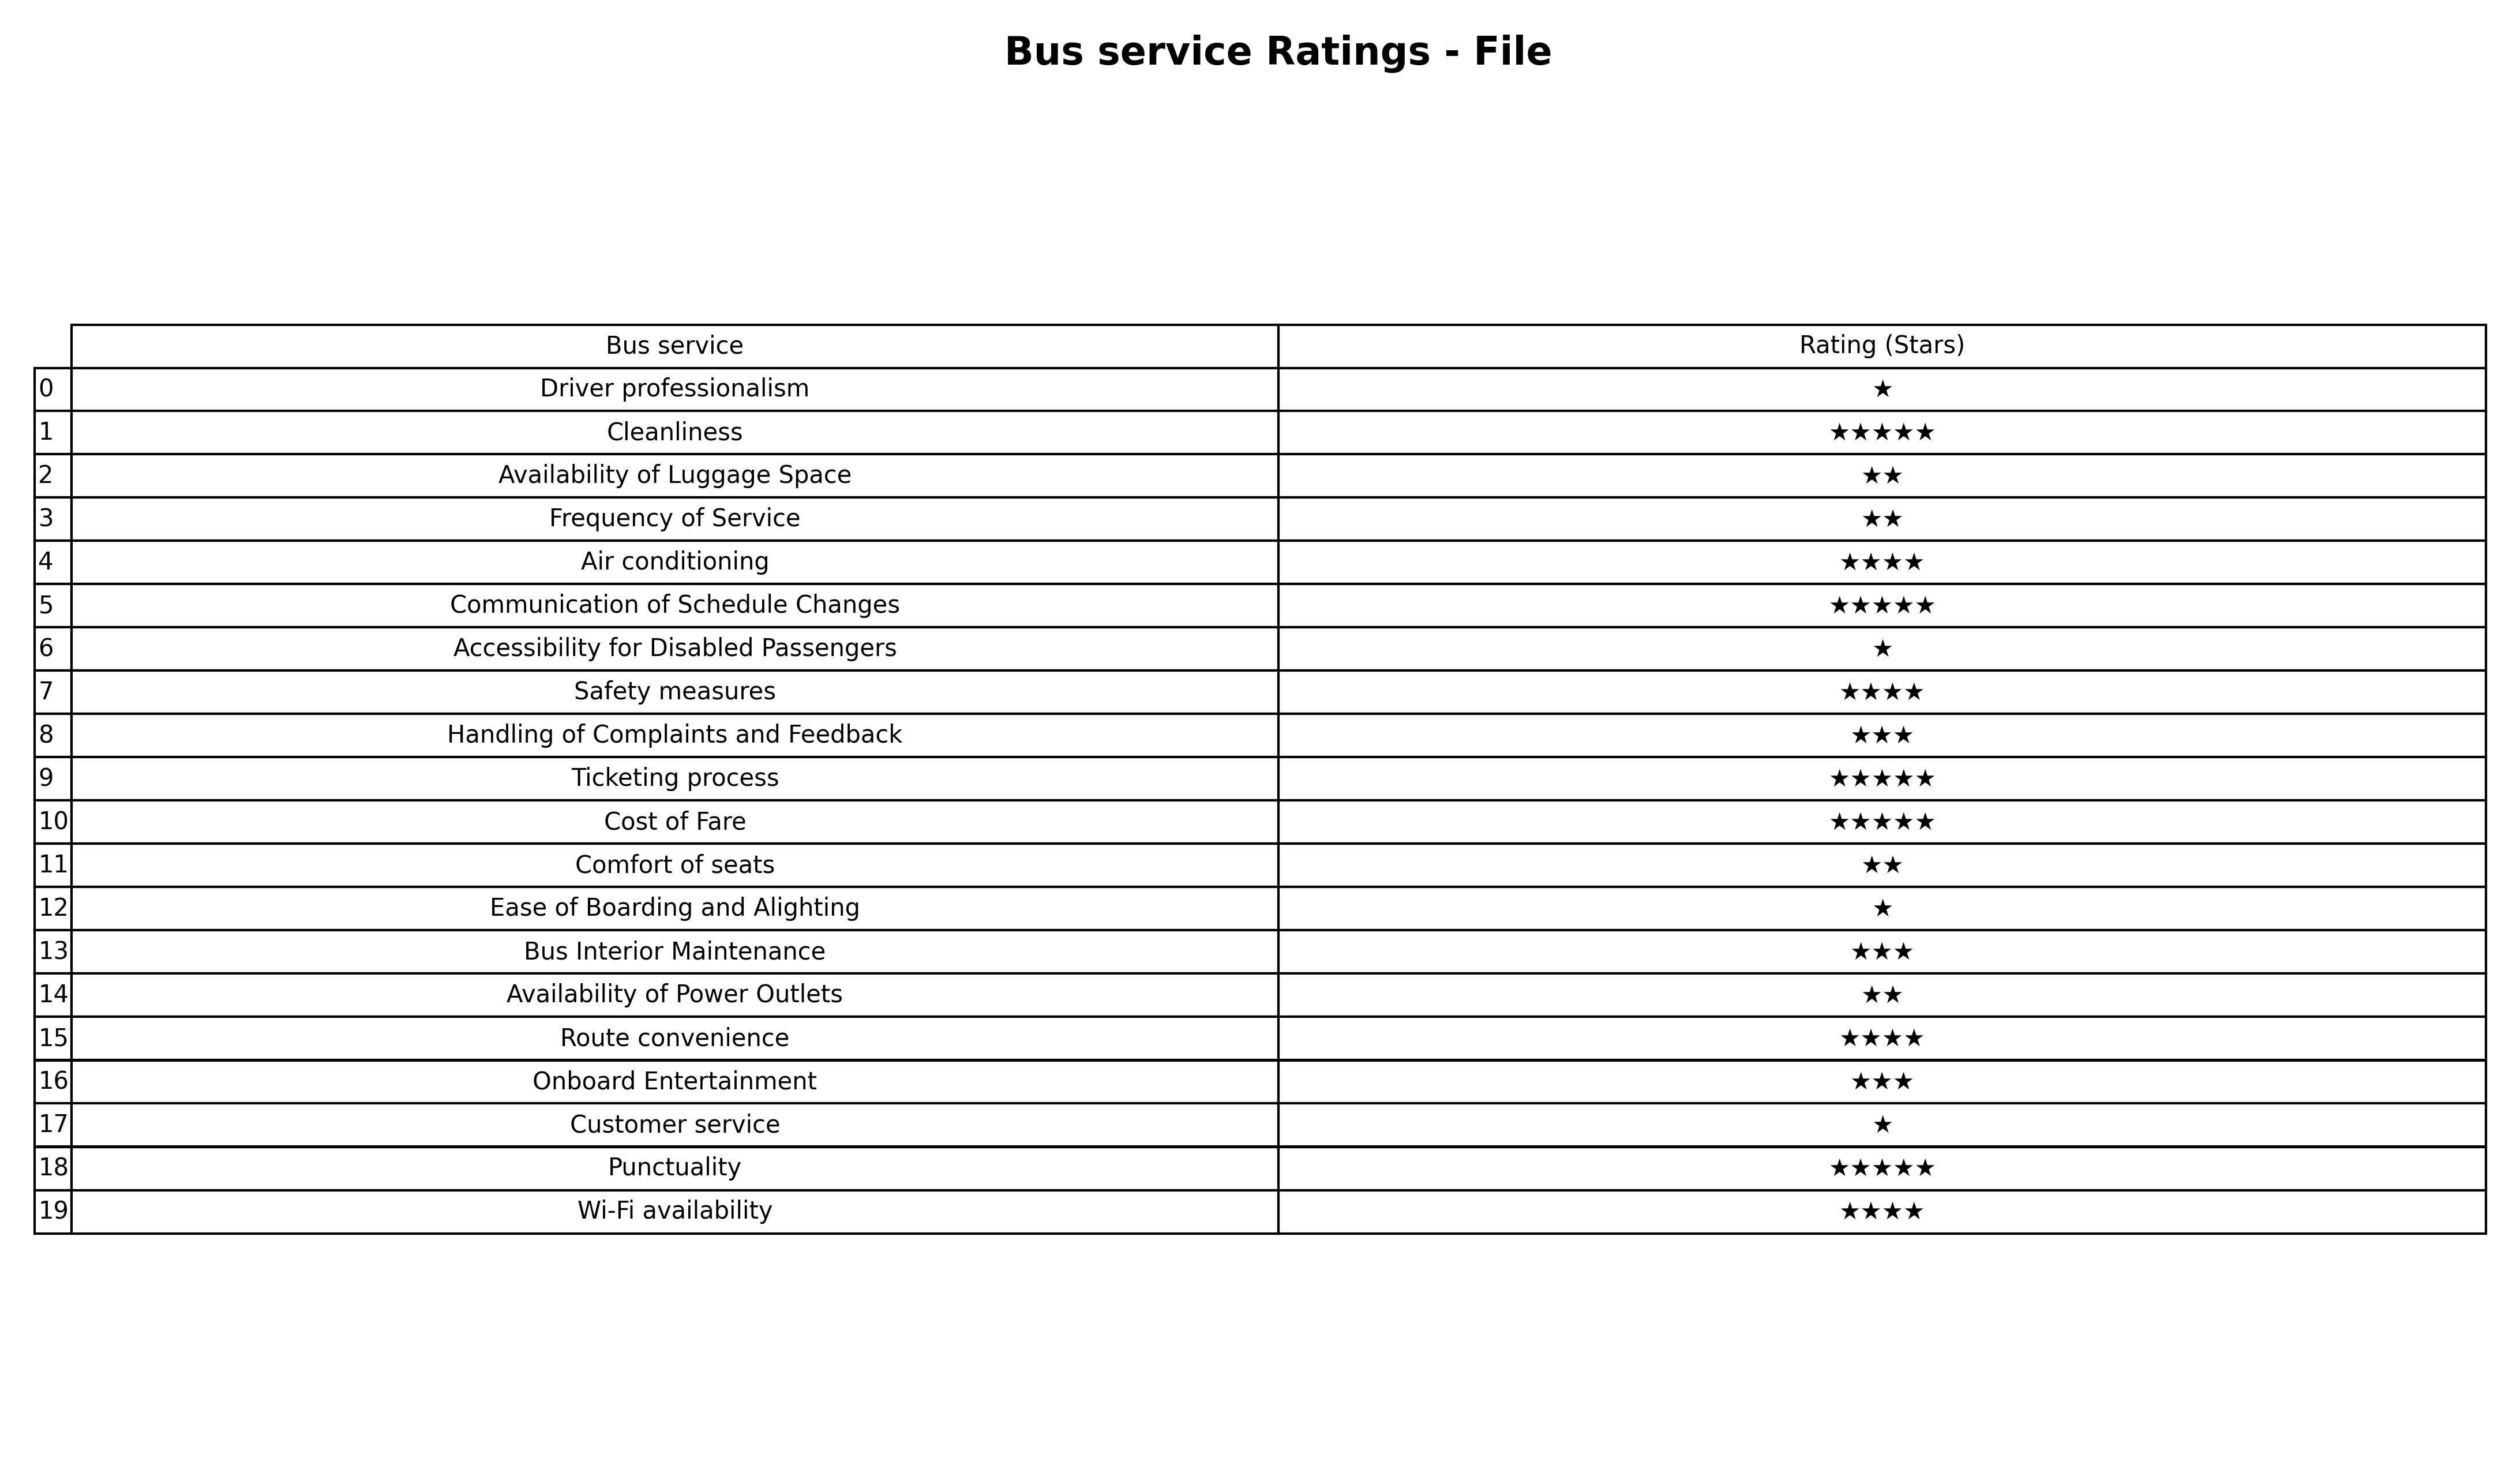
question: What are lowest rating services?
answer: Handling of Complaints and FeedbackBus Interior MaintenanceOnboard Entertainment